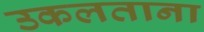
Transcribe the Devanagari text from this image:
उकलताना